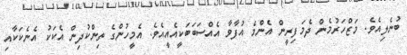
ބުނެލިއެވެ. މަޒްހަރުމެން ދެމަފިރީން އެންމެ އުފާވާ އެއްސަބަބަކީއެއީއެވެ. އެމީހުންގެ ތިންކުދިން އެކަކު އެނެކަކާއި